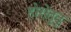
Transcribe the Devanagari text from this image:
होरोतुतु